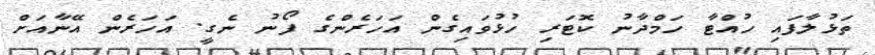
ތަޅުލާފައި ހުއްޓާ ހަމްދާނު ކޮޓަރި ހުޅުވައިގެން އަހަރެންގެ ފޯނު ނެގީ. އަހަރެން އޭނާއަށް